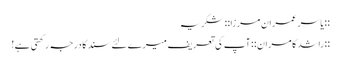
::یاسر عمران مرزا::‌ شکریہ
::راشد کامران:: آپ کی تعریف میرے لئے سند کا درجہ رکھتی ہے!